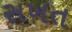
સખત